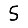
Digit: 5